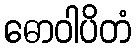
ဓောဝါပိတံ